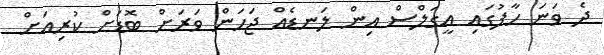
ދެ ވަނަ ހާފުގައި އީގަލްސް އިން ލަނޑެއް ޖަހަން ވަރަށް ބޮޑަށް ކުރިއަށް